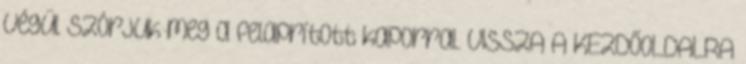
Végül szórjuk meg a felaprított kaporral. VISSZA A KEZDŐOLDALRA